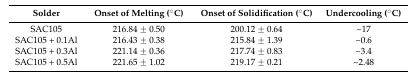
| Solder | Onset of Melting (°C) | Onset of Solidification (°C) | Undercooling (°C) |
 | --- | --- | --- | --- |
 | SAC105 | 216.84 ± 0.50 | 200.12 ± 0.64 | ~17 |
 | SAC105 + 0.1Al | 216.43 ± 0.38 | 215.84 ± 1.39 | ~0.6 |
 | SAC105 + 0.3Al | 221.14 ± 0.36 | 217.74 ± 0.83 | ~3.4 |
 | SAC105 + 0.5Al | 221.65 ± 1.02 | 219.17 ± 0.21 | ~2.48 |